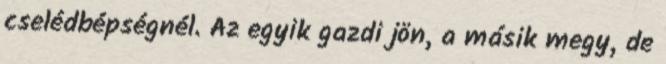
cselédbépségnél. Az egyik gazdi jön, a másik megy, de